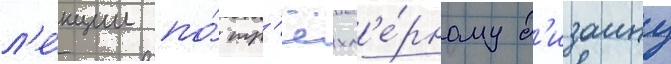
л'е́кции по́ тр'ёхм'е́рному д'изаину